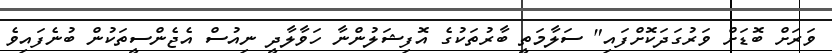
ވަރަށް ބޮޑަށް ވަރުގަދަކޮށްފައި" ސަލާމަތީ ބާރުތަކުގެ އޮފިޝަލުންނާ ހަވާލާދީ ނިއުސް އެޖެންސީތަކުން ބުނެފައިވެ